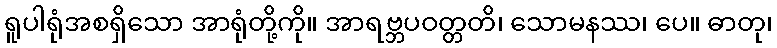
ရူပါရုံအစရှိသော အာရုံတို့ကို။ အာရဗ္ဘပဝတ္တတိ၊ သောမနဿ၊ ပေ။ ဓာတု၊